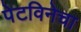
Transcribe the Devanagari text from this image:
पेटविनेचा